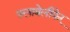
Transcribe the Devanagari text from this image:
फ़्लाबेलीफ़ेर्